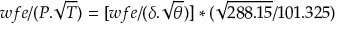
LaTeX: w f e / ( { P } . { \sqrt { T } } ) = [ w f e / ( { \delta } . { \sqrt { \theta } } ) ] * ( { \sqrt { 2 8 8 . 1 5 } } / { 1 0 1 . 3 2 5 } )